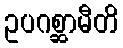
ဥပဂစ္ဆာမီတိ